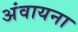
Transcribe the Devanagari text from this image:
अंवायना